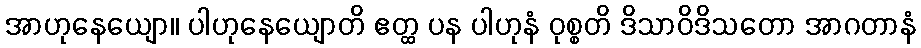
အာဟုနေယျော။ ပါဟုနေယျောတိ ဧတ္ထ ပန ပါဟုနံ ဝုစ္စတိ ဒိသာဝိဒိသတော အာဂတာနံ